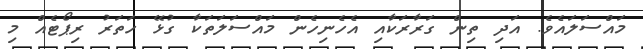
މައްސަލައެވެ. އަދި ތިން ގަރާރަކާއި އެހެނިހެން މައްސަލަތަކާ ގުޅޭ ހަތަރު ރިޕޯޓެއް މި